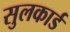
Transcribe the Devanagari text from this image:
सुलकार्ड